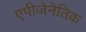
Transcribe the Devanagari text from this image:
एपीजेनेतिक